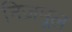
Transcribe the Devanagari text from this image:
निज़मूल